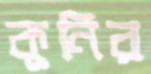
কুনির